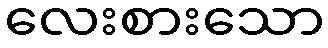
လေးစားသော